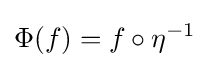
\Phi (f)=f\circ \eta ^{-1}